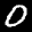
Label: 0